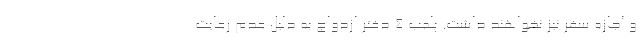
و اجازه سفر نیز نخواهند داشت. پلمب ۴ دفتر ازدواج به دلیل عدم رعایت